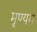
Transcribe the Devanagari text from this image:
मृण्यम